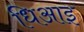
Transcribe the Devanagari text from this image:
धिआइ